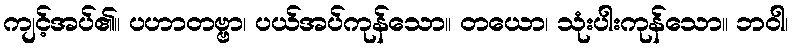
ကျင့်အပ်၏။ ပဟာတဗ္ဗာ၊ ပယ်အပ်ကုန်သော။ တယော၊ သုံးပါးကုန်သော။ ဘဝါ၊